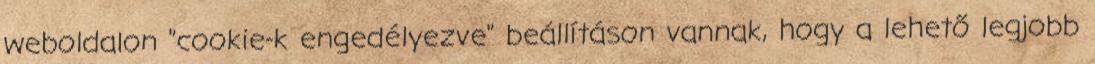
weboldalon "cookie-k engedélyezve" beállításon vannak, hogy a lehető legjobb